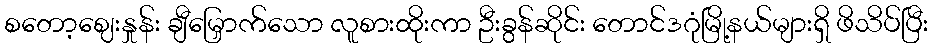
စတော့ဈေးနှုန်း ချီမြှောက်သော လူစားထိုးကာ ဦးခွန်ဆိုင်း တောင်ဒဂုံမြို့နယ်များရှိ ဖိသိပ်ပြီး